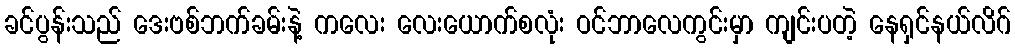
ခင်ပွန်းသည် ဒေးဗစ်ဘက်ခမ်းနဲ့ ကလေး လေးယောက်စလုံး ဝင်ဘာလေကွင်းမှာ ကျင်းပတဲ့ နေရှင်နယ်လိဂ်